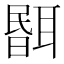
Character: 𦖫